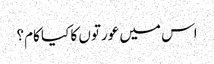
اس میں عورتوں کا کیا کام؟